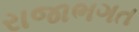
રાજાભગત